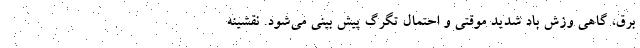
برق، گاهی وزش باد شدید موقتی و احتمال تگرگ پیش بینی می‌شود. نقشینه